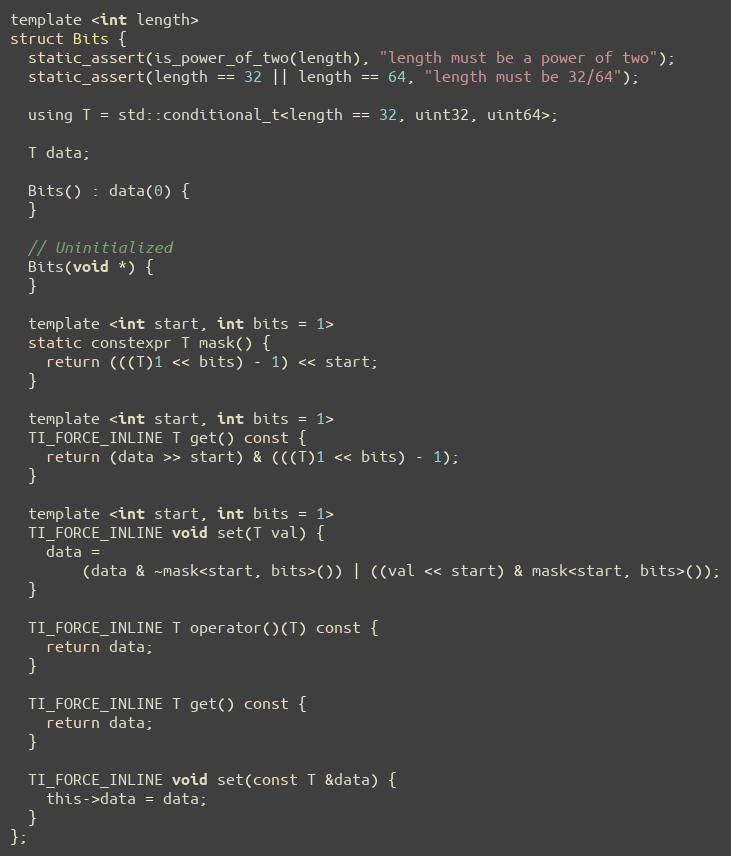
Language: C
template <int length>
struct Bits {
  static_assert(is_power_of_two(length), "length must be a power of two");
  static_assert(length == 32 || length == 64, "length must be 32/64");

  using T = std::conditional_t<length == 32, uint32, uint64>;

  T data;

  Bits() : data(0) {
  }

  // Uninitialized
  Bits(void *) {
  }

  template <int start, int bits = 1>
  static constexpr T mask() {
    return (((T)1 << bits) - 1) << start;
  }

  template <int start, int bits = 1>
  TI_FORCE_INLINE T get() const {
    return (data >> start) & (((T)1 << bits) - 1);
  }

  template <int start, int bits = 1>
  TI_FORCE_INLINE void set(T val) {
    data =
        (data & ~mask<start, bits>()) | ((val << start) & mask<start, bits>());
  }

  TI_FORCE_INLINE T operator()(T) const {
    return data;
  }

  TI_FORCE_INLINE T get() const {
    return data;
  }

  TI_FORCE_INLINE void set(const T &data) {
    this->data = data;
  }
};